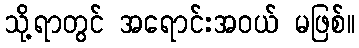
သို့ရာတွင် အရောင်းအဝယ် မဖြစ်။